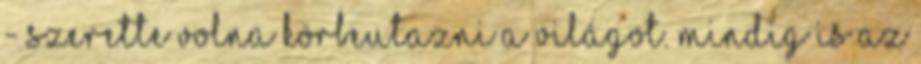
- Szerette volna körbeutazni a világot. Mindig is az